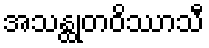
အသန္ထုတဝိဿာသီ